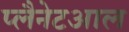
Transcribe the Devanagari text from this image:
प्लैनेटआल